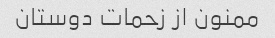
ممنون از زحمات دوستان